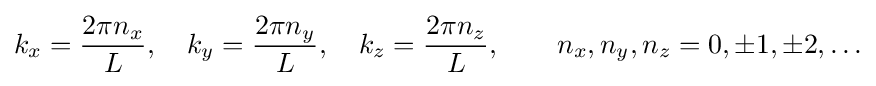
k_{x}={\frac {2\pi n_{x}}{L}},\quad k_{y}={\frac {2\pi n_{y}}{L}},\quad k_{z}={\frac {2\pi n_{z}}{L}},\qquad n_{x},n_{y},n_{z}=0,\pm 1,\pm 2,\ldots